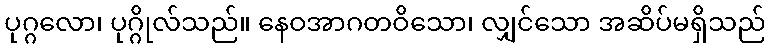
ပုဂ္ဂလော၊ ပုဂ္ဂိုလ်သည်။ နေဝအာဂတဝိသော၊ လျှင်သော အဆိပ်မရှိသည်